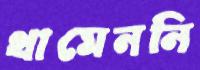
থামেননি